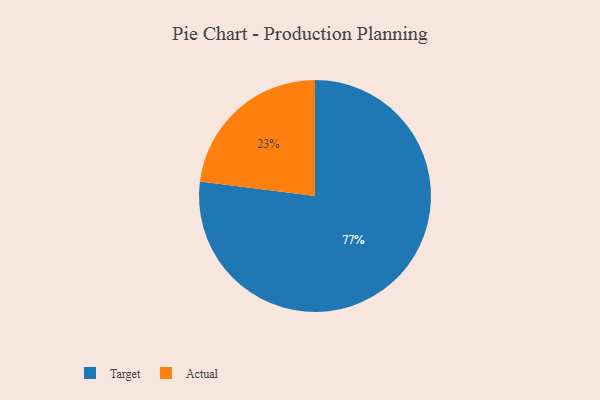
{"axis": {"x": "Category", "y": "Percentage"}, "legend": ["Actual", "Target"], "data": [{"x": "Target", "y": 77, "type": "Target"}, {"x": "Actual", "y": 23, "type": "Actual"}]}